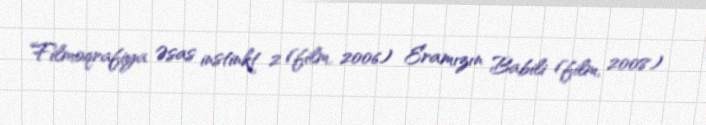
Filmoqrafiya Əsas instinkt 2 (film, 2006) Eramızın Babili (film, 2008)